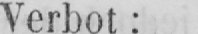
Verbot: